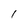
Character: 1